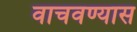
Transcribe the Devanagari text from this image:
वाचवण्यास